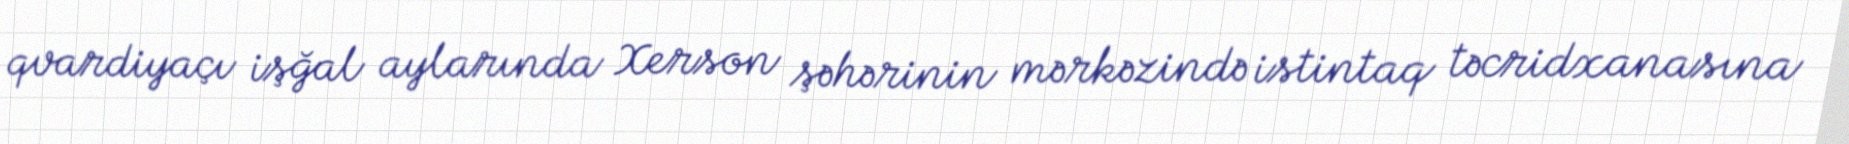
qvardiyaçı işğal aylarında Xerson şəhərinin mərkəzində istintaq təcridxanasına